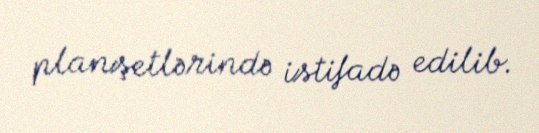
planşetlərində istifadə edilib.